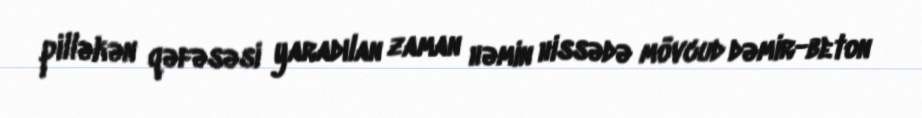
pilləkən qəfəsəsi yaradılan zaman həmin hissədə mövcud dəmir-beton